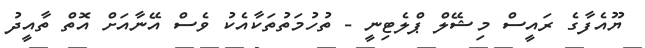
ޔޫއެފާގެ ރައީސް މިޝޭލް ޕްލެޓިނީ - ތުހުމަތުތަކާއެކު ވެސް އޭނާއަށް އޮތް ތާއީދު